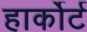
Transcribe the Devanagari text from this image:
हार्कोर्ट